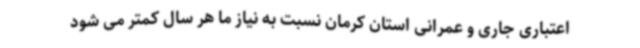
اعتباری جاری و عمرانی استان کرمان نسبت به نیاز ما هر سال کمتر می شود